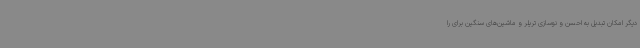
دیگر امکان تبدیل به احسن و نوسازی تریلر و ماشین‌های سنگین برای را